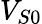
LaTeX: V_{S0}